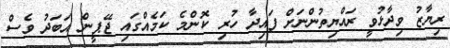
ރިޔާޒު ވިދާޅުވީ ރައްޔިތުންނަށް ފައިދާ ހުރި ކޮންމެ ކަމެއްގައި ޖޭޕީން އަބަދު ވެސް